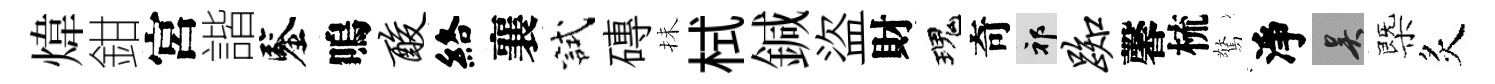
煒鉗宮諧鑒嗚酸絡襄試磚抺栻鍼盜財瑰奇祁踟馨梳驚淨吴㮣炙